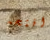
افتحه